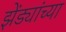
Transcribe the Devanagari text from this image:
झेंड्यांच्या